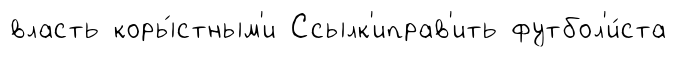
власть коры́стным'и Ссылк'иправ'ить футбол'и́ста